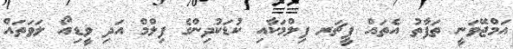
އަމްޖޭވަނީ ތަފާތު އެތައް ފީޗަރ ފިލްމަކާއި ކުޑަކުދިންގެ ފިލްމް އަދި ވީޑިއޯ ލަވަތައް